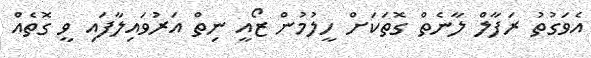
އެވަގުތު ރަފާލް ލާނެތް ގޮތަކަށް ހީލުމުން ޒޯއީ ނިތް އަރުވައިލާފައި ވީ ގޮތެއް